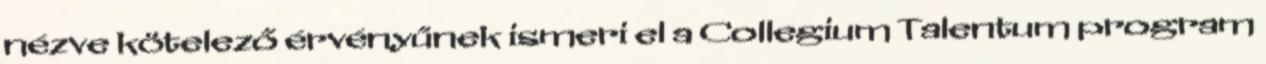
nézve kötelező érvényűnek ismeri el a Collegium Talentum program